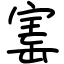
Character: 寚